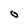
Character: O